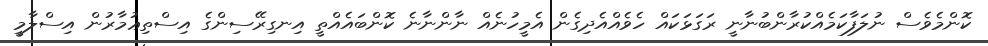
ކޮންމެވެސް ނުލަފާކަމެއްކުރާންބުނާނީ ރަގަޅަކައް ހެވެއްއެދިގެން އެމީހުނެއް ނާންނާނެ ކޮންބައެއްތީ އިނގިރޭސިންގެ އިސްތިޢުމާރުން އިސްލާމީ